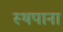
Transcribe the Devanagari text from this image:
स्थपाना